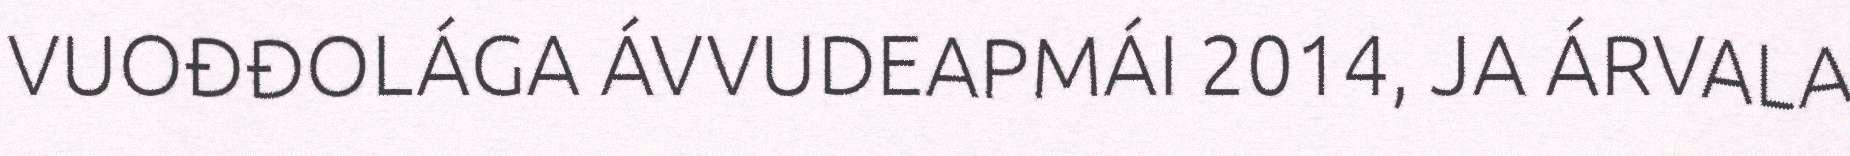
VUOĐĐOLÁGA ÁVVUDEAPMÁI 2014, JA ÁRVALA